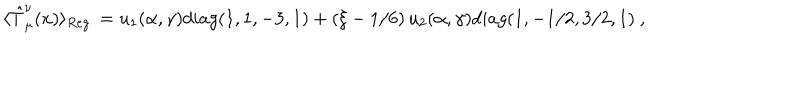
\langle \hat { T } _ { \mu } ^ { \nu } ( x ) \rangle _ { R e g . } = u _ { 1 } ( \alpha , \gamma ) d i a g ( 1 , 1 , - 3 , 1 ) + \left( \xi - 1 / 6 \right) u _ { 2 } ( \alpha , \gamma ) d i a g ( 1 , - 1 / 2 , 3 / 2 , 1 ) \ ,